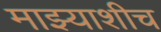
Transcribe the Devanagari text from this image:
माझ्याशीच